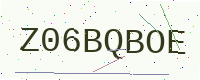
Text: Z06BQBOE